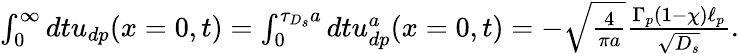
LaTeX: \begin{array}{r}{\int_{0}^{\infty}dtu_{dp}(x=0,t)=\int_{0}^{\tau_{D_{s}}a}dtu_{dp}^{a}(x=0,t)=-\sqrt{\frac{4}{\pi a}}\frac{\Gamma_{p}(1-\chi)\ell_{p}}{\sqrt{D_{s}}}.}\end{array}